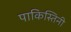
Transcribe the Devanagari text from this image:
पाकिस्तिनी